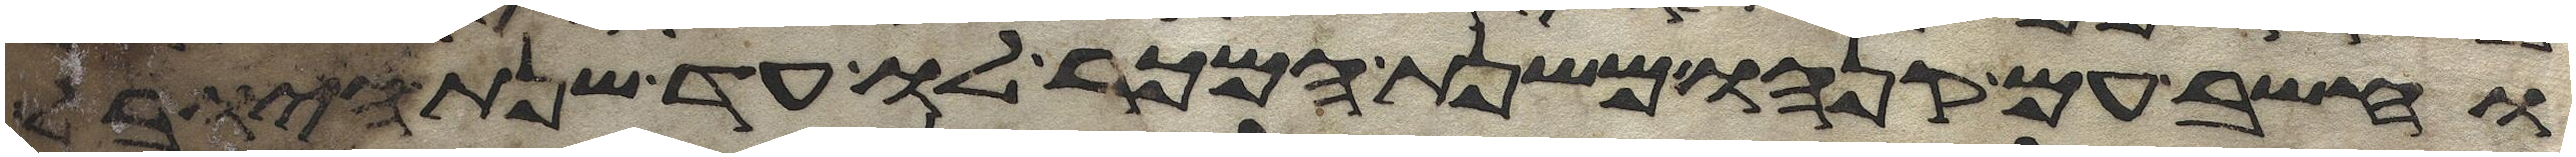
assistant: וחשב עם קנהו משנת המכר לו עד שנת היובל